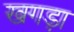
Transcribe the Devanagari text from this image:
खगड़ा